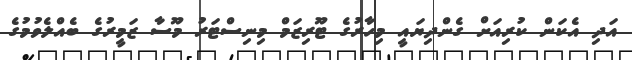
އަދި އެކަން ކުރިއަށް ގެންދިޔައީ މިހާރުގެ ޓޫރިޒަމް މިނިސްޓަރު މޫސާ ޒަމީރުގެ ބެއްލެވުމުގެ